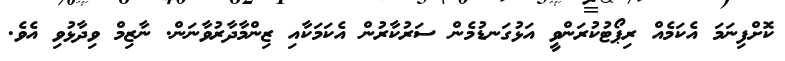
ކޮށްފިނަމަ އެކަމެއް ރިޕޯޓުކުރަންވީ އަޅުގަނޑުމެން ސަރުކާރުން އެކަމަކާއި ޒިންމާދާރުވާނަން. ނާޒިމް ވިދާޅުވި އެވެ.